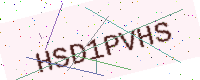
Text: HSD1PVHS